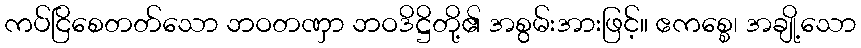
ကပ်ငြိစေတတ်သော ဘဝတဏှာ ဘဝဒိဋ္ဌိတို့၏ အစွမ်းအားဖြင့်။ ဧကစ္စေ၊ အချို့သော